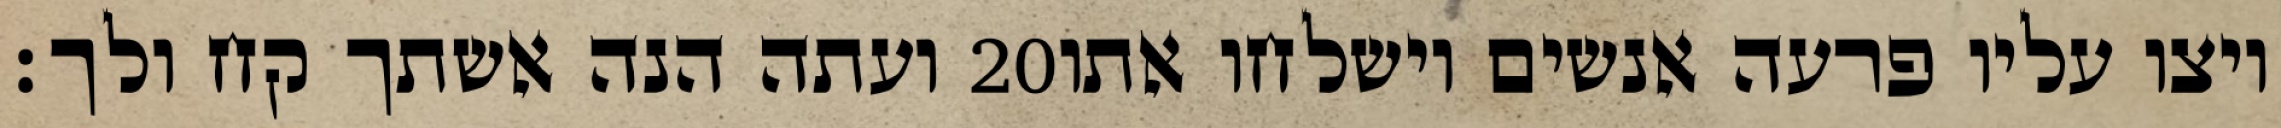
ועתה הנה אשתך קח ולך׃ ‎20‏ ויצו עליו פרעה אנשים וישלחו אתו